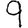
Digit: 9